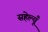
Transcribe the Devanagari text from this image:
सहेल्यूँ